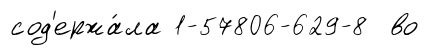
сод'ержа́ла 1-57806-629-8 во